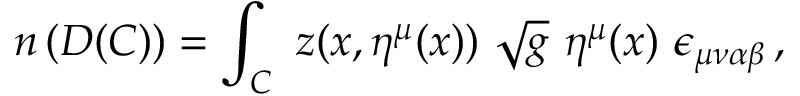
n \left( D ( C ) \right) = \int _ { C } \ z ( x , \eta ^ { \mu } ( x ) ) \ \sqrt { g } \ \eta ^ { \mu } ( x ) \ \epsilon _ { \mu \nu \alpha \beta } \, , \ \,